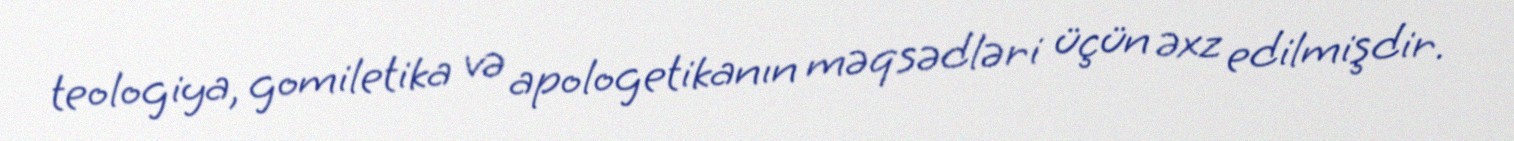
teologiya, gomiletika və apologetikanın məqsədləri üçün əxz edilmişdir.